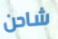
شاحن